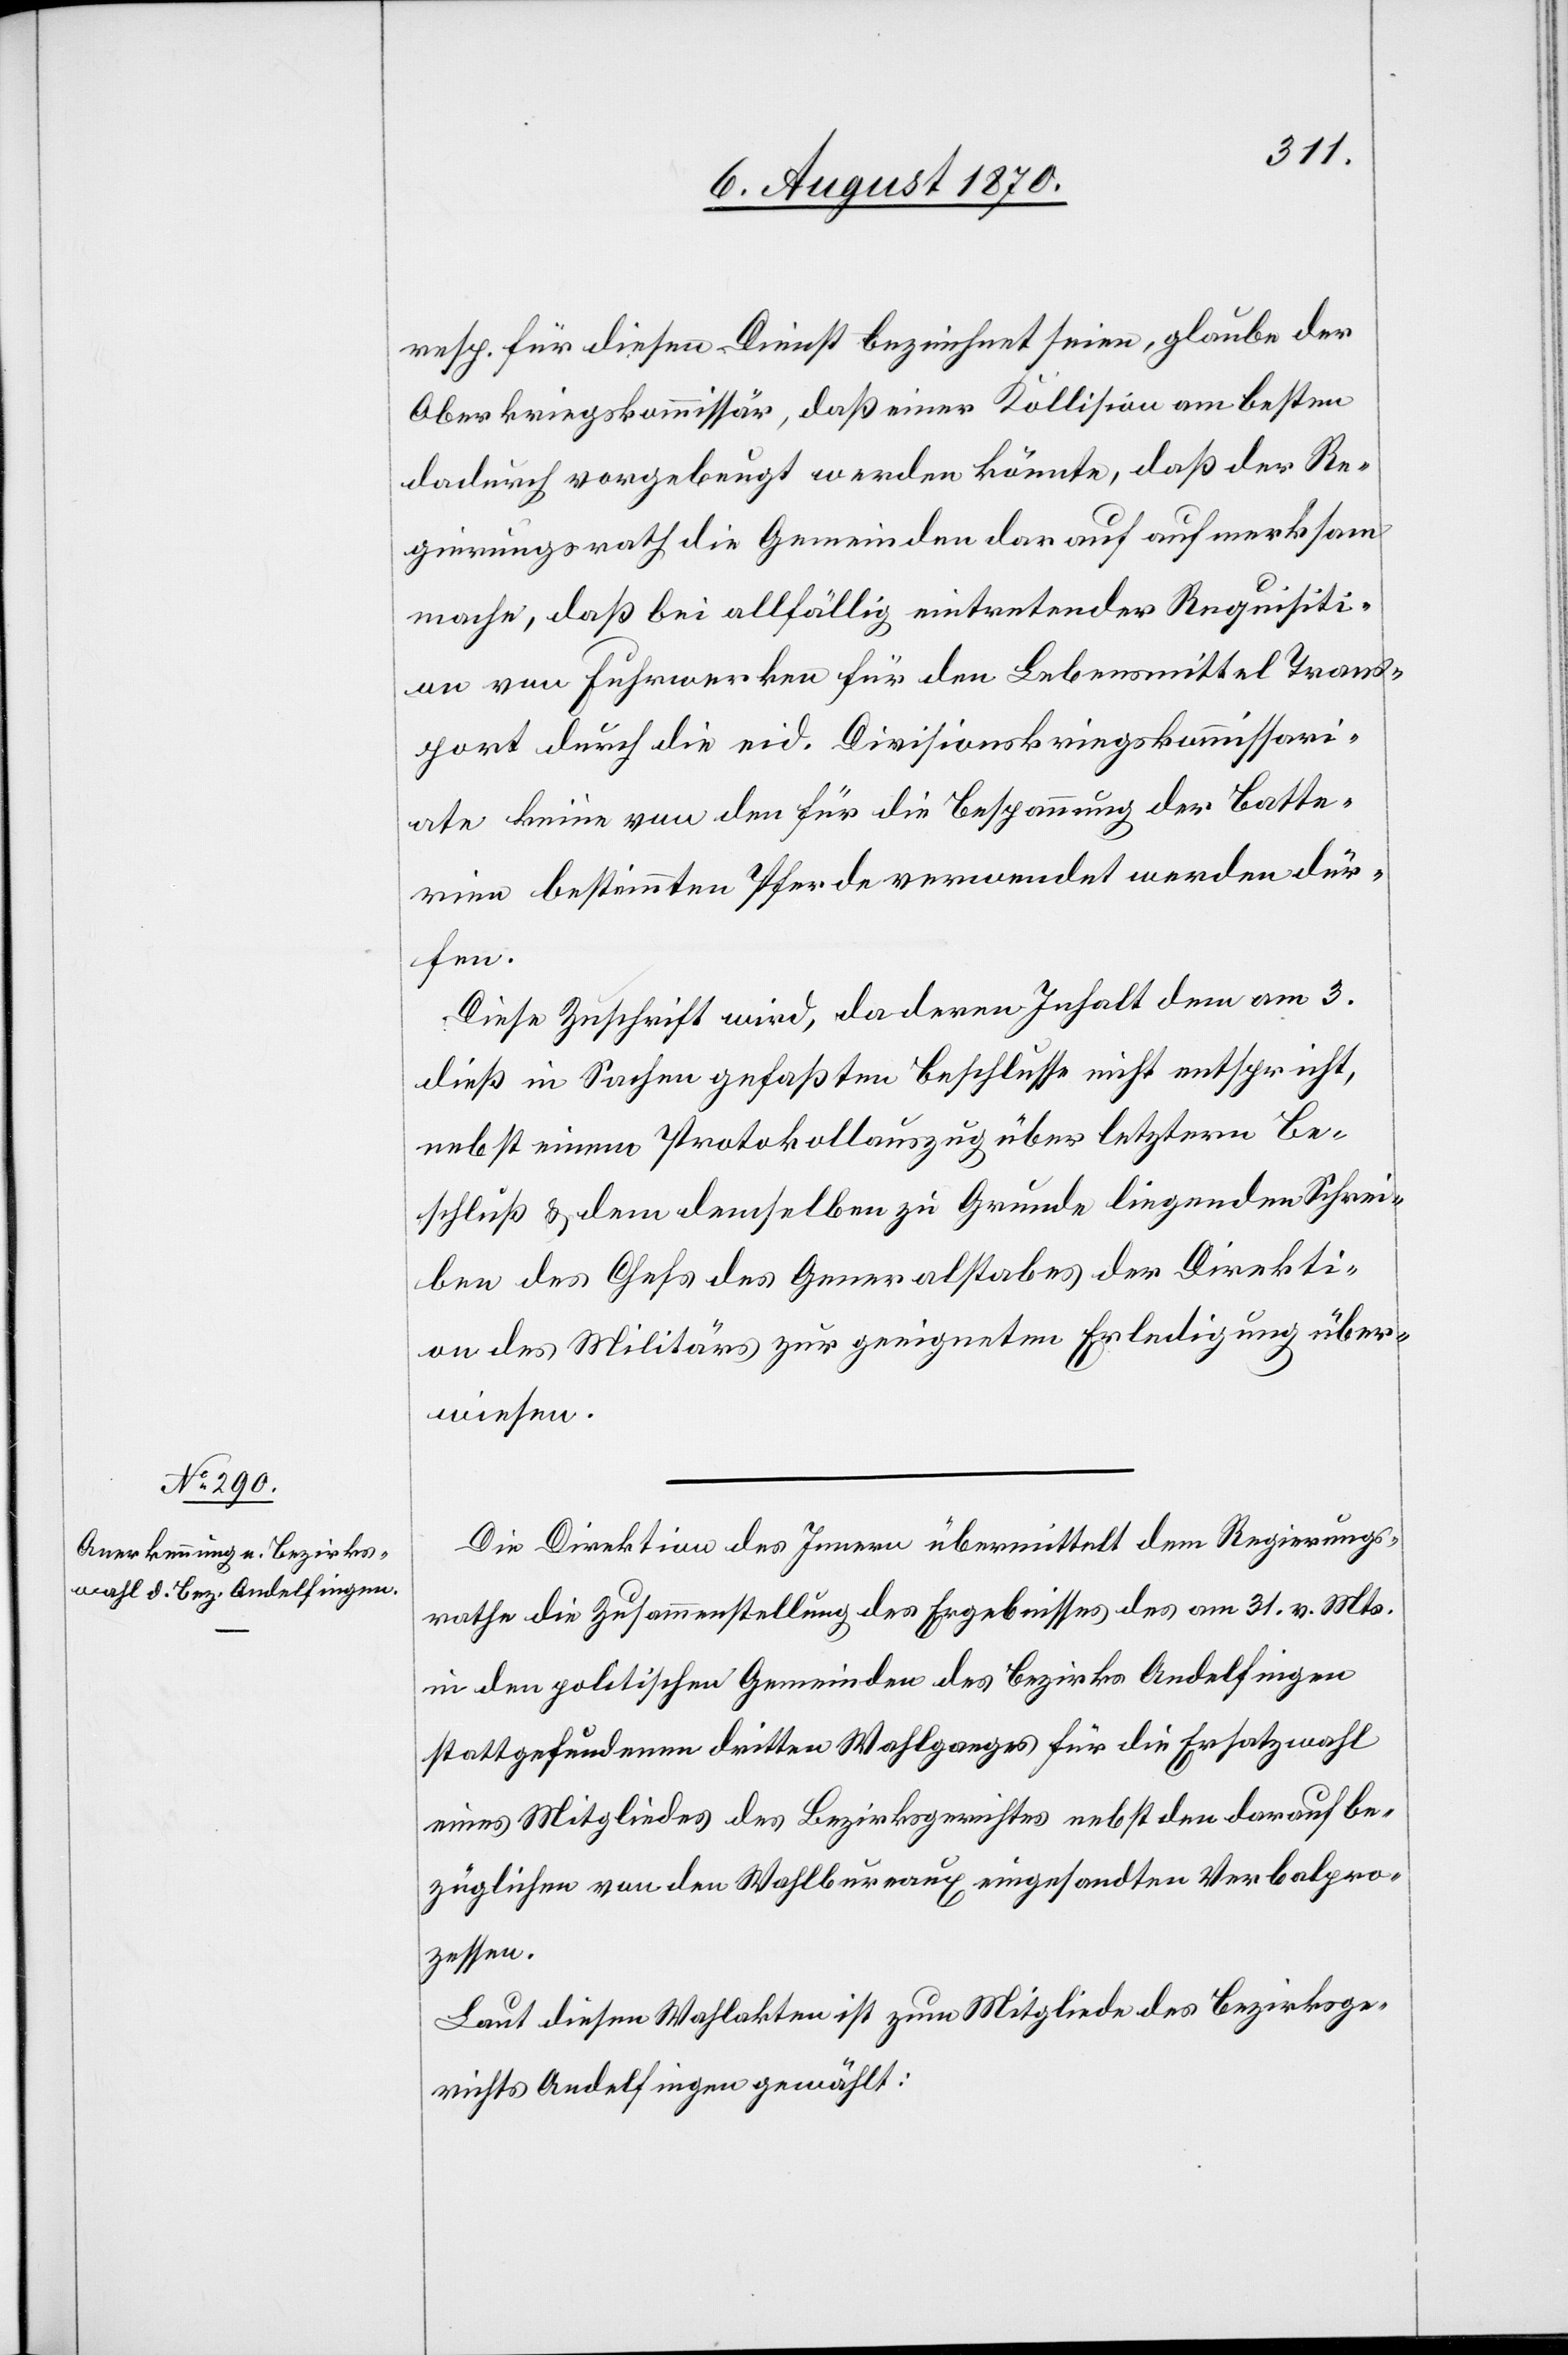
resp. für diesen Dienst bezeichnet seien, glaube der
Oberkriegskommissär, daß einer Kollision am besten
dadurch vorgebeugt werden könnte, daß der Re¬
gierungsrath die Gemeinden darauf aufmerksam
mache, daß bei allfällig eintretender Requisiti¬
on von Fuhrwerken für den Lebensmittel Trans¬
port durch die eid. Divisionskriegskommissari¬
ate keine von den für die Bespannung der Batte¬
rien bestimmten Pferde verwendet werden dür¬
fen.
Diese Zuschrift wird, da deren Inhalt dem am 3.
dieß in Sachen gefaßten Beschlusse nicht entspricht,
nebst einem Protokollauszug über letztern Be¬
schluß & dem demselben zu Grunde liegenden Schrei¬
ben des Chefs des Generalstabes der Direkti¬
on des Militärs zur geeigneten Erledigung über¬
wiesen.
Die Direktion des Innern übermittelt dem Regierungs¬
rathe die Zusammenstellung des Ergebnisses des am 31. v. Mts.
in den politischen Gemeinden des Bezirkes Andelfingen
stattgefundenen dritten Wahlganges für die Ersatzwahl
eines Mitgliedes des Bezirksgerichtes nebst den darauf be¬
züglichen von den Wahlbureaux eingesandten Verbalpro¬
zessen.
Laut diesen Akten ist zum Mitgliede des Bezirksge¬
richtes Andelfingen gewählt: